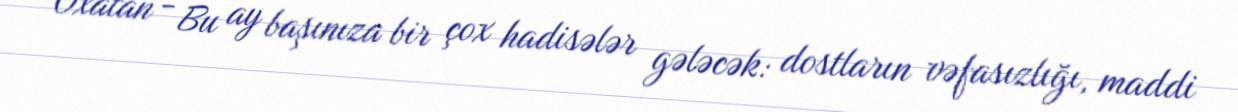
Oxatan - Bu ay başınıza bir çox hadisələr gələcək: dostların vəfasızlığı, maddi